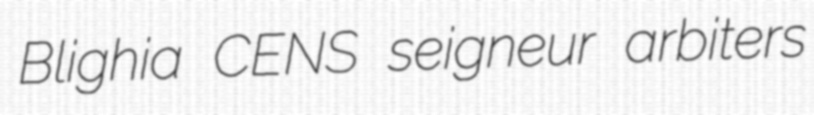
Blighia CENS seigneur arbiters